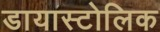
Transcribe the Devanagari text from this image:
डायास्टोलिक